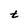
Character: t